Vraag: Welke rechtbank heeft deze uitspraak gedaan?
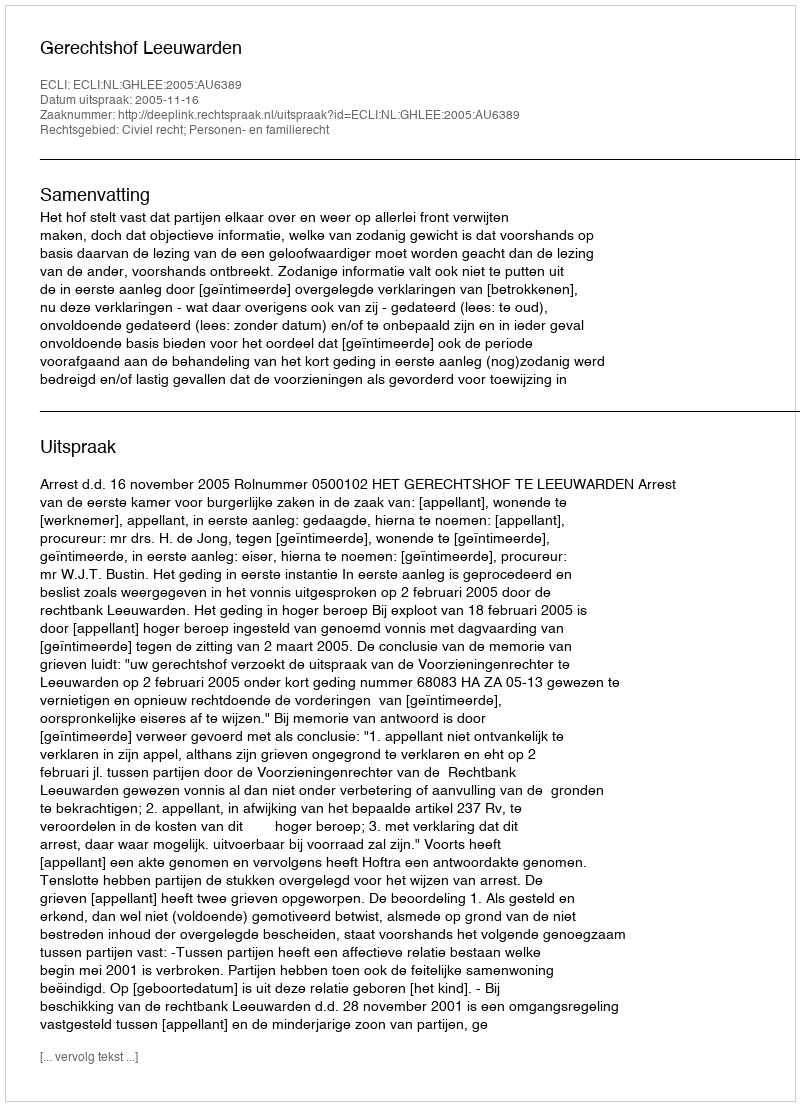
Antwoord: Gerechtshof Leeuwarden